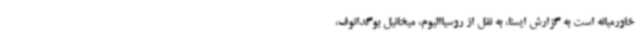
خاورمیانه است به گزارش ایسنا، به نقل از روسیاالیوم، میخائیل بوگدانوف،